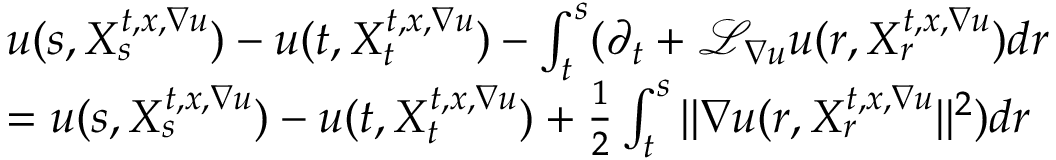
\begin{array} { r l } & { u ( s , X _ { s } ^ { t , x , \nabla u } ) - u ( t , X _ { t } ^ { t , x , \nabla u } ) - \int _ { t } ^ { s } ( \partial _ { t } + \mathcal { L } _ { \nabla u } u ( r , X _ { r } ^ { t , x , \nabla u } ) d r } \\ & { = u ( s , X _ { s } ^ { t , x , \nabla u } ) - u ( t , X _ { t } ^ { t , x , \nabla u } ) + \frac { 1 } { 2 } \int _ { t } ^ { s } | | \nabla u ( r , X _ { r } ^ { t , x , \nabla u } | | ^ { 2 } ) d r } \end{array}